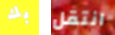
بك انتقل